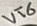
Text: VT6